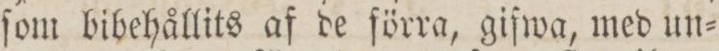
ſom bibehållits af de ſörra, giſwa, med un=